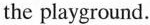
the playground.